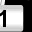
Digit: 1